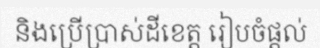
និងប្រើប្រាស់ដីខេត្ត រៀបចំផ្តល់